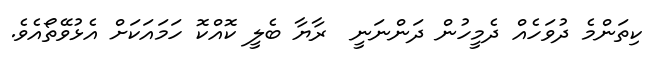
ކިތަންމެ ދުވަހެއް ދެމީހުން ދަންނަނީ  ރާޔާ ބެލީ ކޮއްކޮ ހަމައަކަށް އެޅުވޭތޯއެވެ.